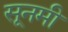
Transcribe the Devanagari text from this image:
सूनमी